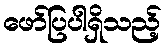
ဖော်ပြပါရှိသည့်